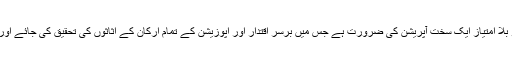
اگر اس ملک میں کرپشن کا خاتمہ کرنا ہوا تو بلا امتیاز ایک سخت آپریشن کی ضرورت ہے جس میں برسر اقتدار اور اپوزیشن کے تمام ارکان کے اثاثوں کی تحقیق کی جائے اور ناجائز اثاثوں کو بحق عوام ضبط کرلیاجائے۔